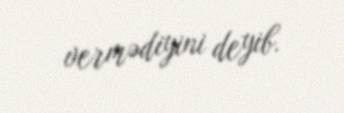
vermədiyini deyib.